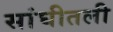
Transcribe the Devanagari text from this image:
सांघीतली